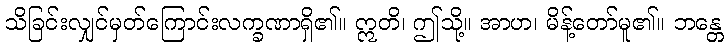
သိခြင်းလျှင်မှတ်ကြောင်းလက္ခဏာရှိ၏။ ဣတိ၊ ဤသို့။ အာဟ၊ မိန့်တော်မူ၏။ ဘန္တေ